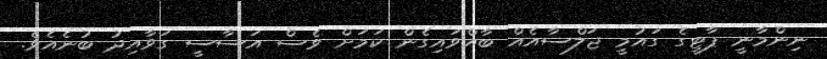
ނިންމާނީ ޕާޓީގެ ގައުމީ ޖަލްސާއެއް ބާއްވައިގެން ކަމަށް ވެސް އަސާސީ ގަވާއިދު ބުނެއެވެ.